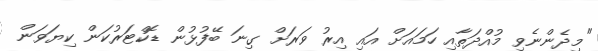
"މިދެންނެވި މުއްދަތާއި ހަަމައަށް އައި އިރު ވަަރަށް ގިނަ ބޭފުޅުން ޑޮކްޓަރުކަން ކިޔަވަން